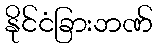
နိုင်ငံခြားဘဏ်